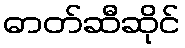
ဓာတ်ဆီဆိုင်